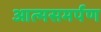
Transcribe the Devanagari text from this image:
आत्‍मसमर्पण